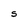
Character: S